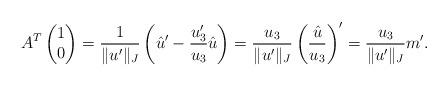
LaTeX: \begin{align*}A^{T}\begin{pmatrix} 1\\ 0\end{pmatrix} = \frac1{\|u'\|_J}\left(\hat u'-\frac{u_3'}{u_3} \hat u\right) = \frac{u_3}{\|u'\|_J}\left(\frac{\hat u}{u_3}\right)' = \frac {u_3}{\|u'\|_J} m'.\end{align*}